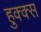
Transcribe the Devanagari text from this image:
हुक्क्स